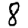
Digit: 8